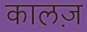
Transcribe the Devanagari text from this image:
कालज़